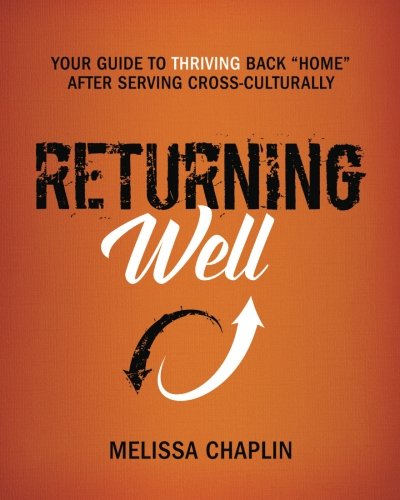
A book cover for Returning Well: Your Guide to Thriving Back "Home" After Serving Cross-Culturally; Melissa Chaplin; Christian Books & Bibles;